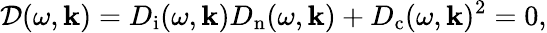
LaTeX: \mathcal{D}(\omega,\mathbf{k})=D_{\mathrm{i}}(\omega,\mathbf{k})D_{\mathrm{n}}(\omega,\mathbf{k})+D_{\mathrm{c}}(\omega,\mathbf{k})^{2}=0,